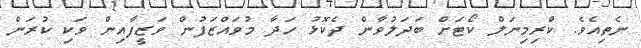
ނެތިއެވެ. ކްރިމިނަލް ކޯޓަށް ބަދަލުވާން ދެކޮޅު ހަދާ މުވައްޒަފުން ވަޒީފާއިން ވަކި ކުރަން